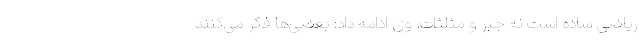
ریاضی ساده است نه جبر و مثلثات. وی ادامه داد: بعضی‌ها فکر می‌کنند